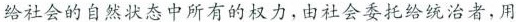
给社会的自然状态中所有的权力，由社会委托给统治者，用